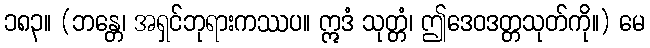
၁၈၃။ (ဘန္တေ၊ အရှင်ဘုရားကဿပ။ ဣဒံ သုတ္တံ၊ ဤဒေဝဒတ္တသုတ်ကို။) မေ